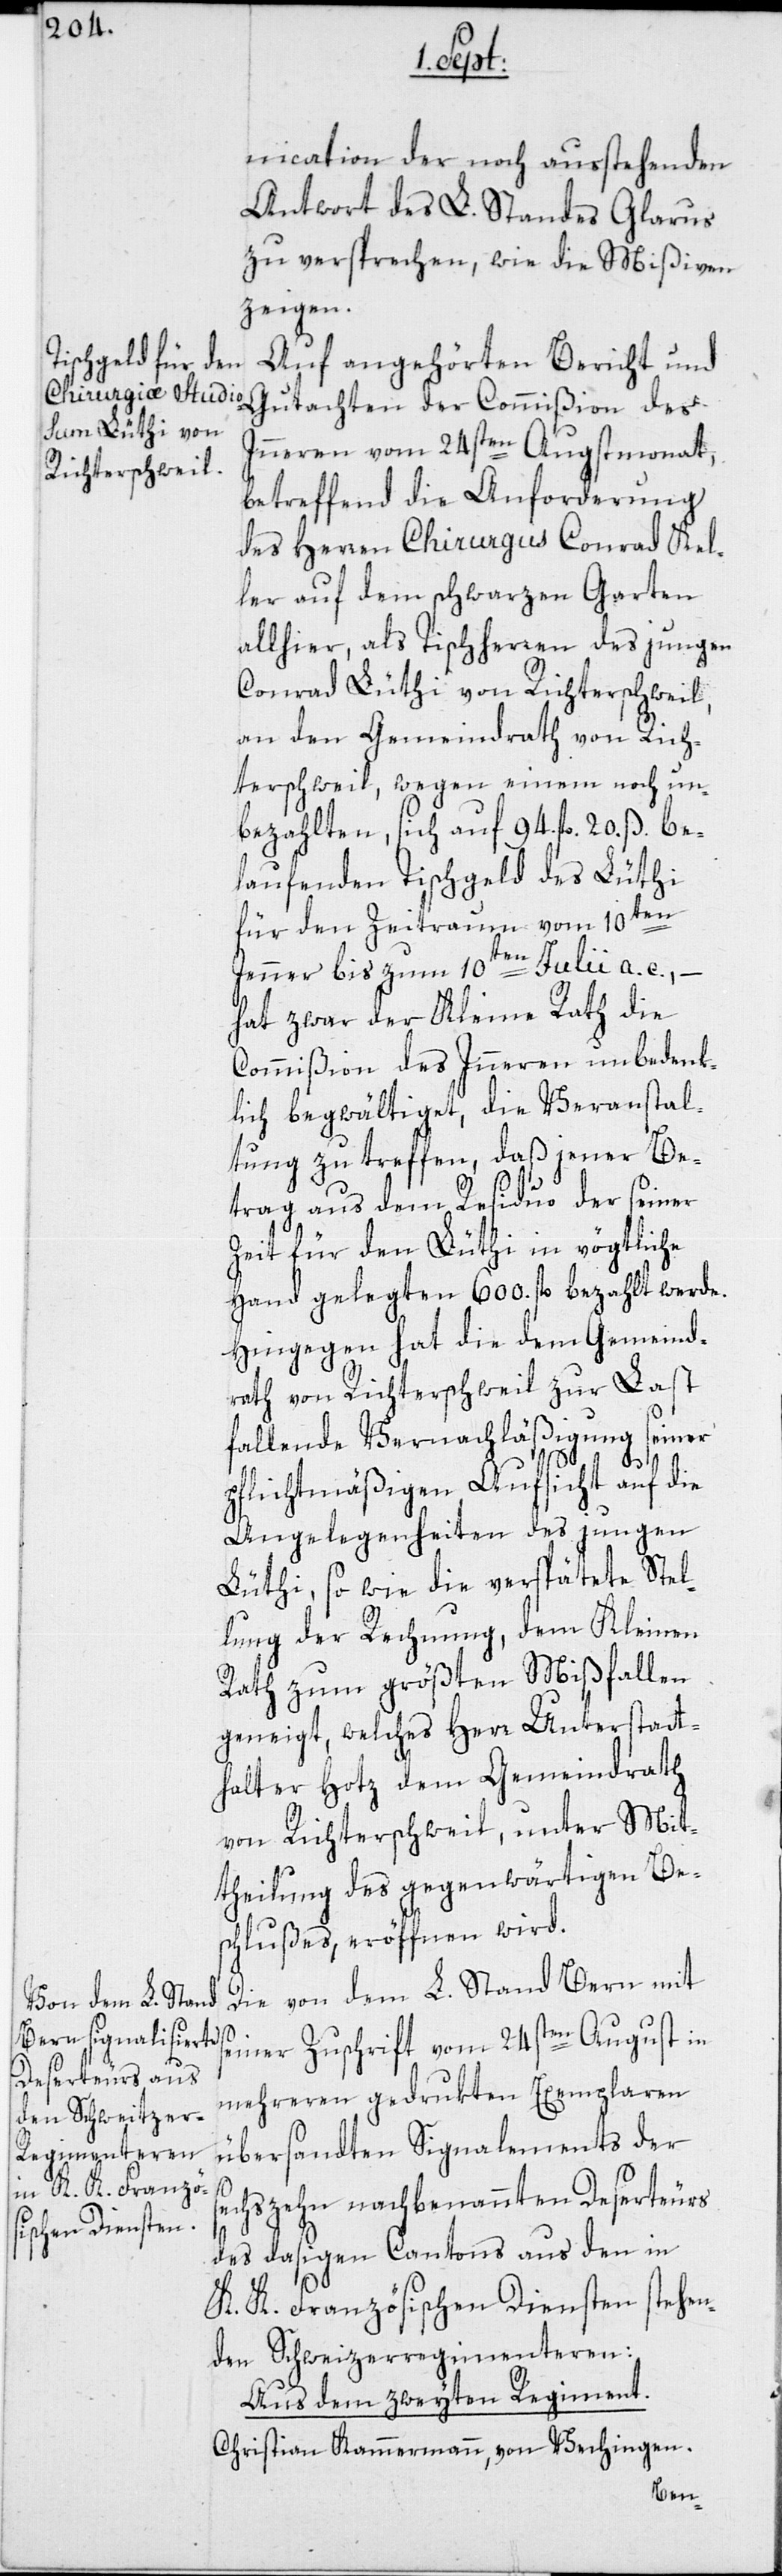
nication der noch ausstehenden
Antwort des L. Standes Glarus
zu versprechen, wie die Mißiven
zeigen.
Auf angehörten Bericht und
Gutachten der Commißion des
Inneren vom 24sten Augstmonat,
betreffend die Anforderung
des Herren Chirurgus Conrad Kel¬
ler auf dem schwarzen Garten
allhier, als Tischherren des jungen
Conrad Lüthi von Richterschweil,
an den Gemeindrath von Rich¬
terschweil, wegen einem noch un¬
bezahlten, sich auf 94. fl. 20. ß. be¬
laufenden Tischgeld des Lüthi
für den Zeitraum vom 10ten
s¬
Jenner bis zum 10ten Julii a. c., –
hat zwar der Kleine Rath die
Commißion des Inneren unbedenk¬
lich begwältiget, die Veranstal¬
tung zu treffen, daß jener Be¬
trag aus dem Residuo der seiner
Zeit für den Lüthi in vögtliche
Hand gelegten 600. fl. bezahlt werde.
Hingegen hat die dem Gemeind¬
rath von Richterschweil zur Last
fallende Vernachläßigung seiner
pflichtmäßigen Aufsicht auf die
Angelegenheiten des jungen
Lüthi, so wie die verspätete Stel¬
lung der Rechnung, dem Kleinen
Rath zum größten Mißfallen
geneigt, welches Herr Unterstatt¬
halter Hotz dem Gemeindrath
von Richterschweil, unter Mit¬
theilung des gegenwärtigen Be¬
schlußes, eröffnen wird.
Die von dem L. Stand Bern mit
einer Zuschrift vom 24sten August in
mehreren gedrukten Exemplaren
übersandten Signalements der
echszehn nachbenannten Deserteurs
des dasigen Cantons aus den in
K. K. Französischen Diensten stehen¬
den Schweitzerregimenteren:
Aus dem zweyten Regiment.
Christian Kammermann, von Vechingen.